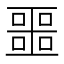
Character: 噩